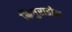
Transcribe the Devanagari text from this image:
फिगुराडोस